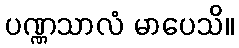
ပဏ္ဏသာလံ မာပေသိ။